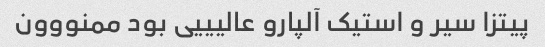
پیتزا سیر و استیک آلپارو عالیییی بود ممنووون